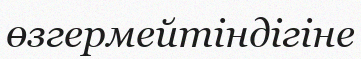
өзгермейтіндігіне